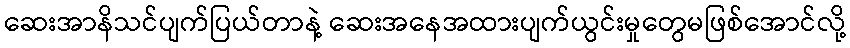
ဆေးအာနိသင်ပျက်ပြယ်တာနဲ့ ဆေးအနေအထားပျက်ယွင်းမှုတွေမဖြစ်အောင်လို့